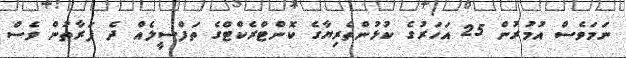
ނަމަވެސް އުމުރުން 25 އަހަރުގެ ކުޅުންތެރިޔާގެ ކޮންޓްރެކްޓްގެ ތަފްސީލެއް ދެ ފަރާތުން ވެސް